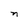
Character: n